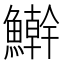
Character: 𩼛